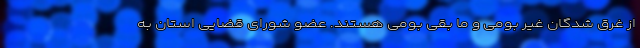
از غرق شدگان غیر بومی و ما بقی بومی هستند. عضو شورای قضایی استان به